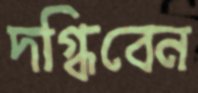
দগ্ধিবেন